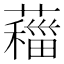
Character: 𦿨